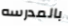
بالمدرسه